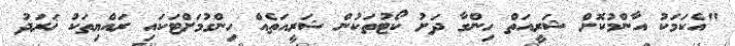
"އެކަމަކު އާންމުކޮށް ޝަރީއަތް ހިންގާ ދަށު ކޯޓުތަކުން ޝަރީއަތެއް ހިންގުމަށްޓަކައި ރައްޔިތަކު ޚަރަދު